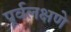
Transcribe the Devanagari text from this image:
पूर्वलक्षणे